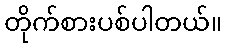
တိုက်စားပစ်ပါတယ်။